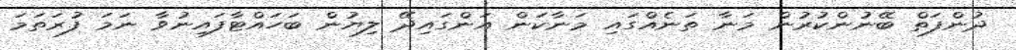
ދުންފަތް ބޭނުންކުރުން މަނާ ތަނެއްގައި މަނާކަން އަންގައިދޭ ލިޔުން ބަހައްޓާފައިނުވާ ނަމަ ފުރަތަމަ